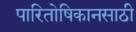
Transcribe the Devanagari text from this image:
पारितोषिकानसाठी